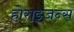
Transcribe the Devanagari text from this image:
होराइजन्स